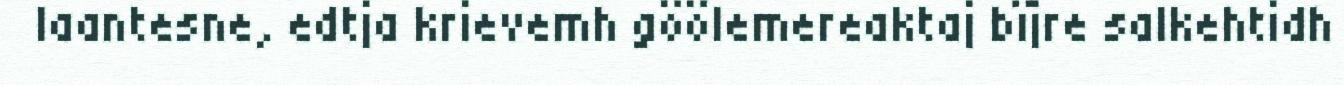
laantesne, edtja krievemh göölemereaktaj bïjre salkehtidh